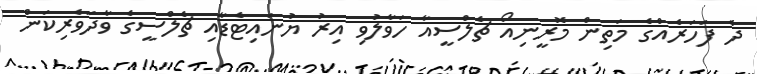
ދެ ފަހަރެއްގެ މަތިން މޮރީނިއޯ ޗެލްސީއާ ހަވާލުވި އިރު ޔުނައިޓެޑާއި ޗެލްސީގެ ވާދަވެރިކަން